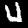
Digit: 4